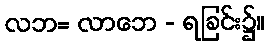
လဘ= လာဘေ - ရခြင်း၌။